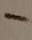
Text: -